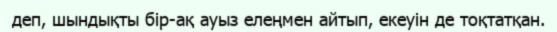
деп, шындықты бір-ақ ауыз елеңмен айтып, екеуін де тоқтатқан.